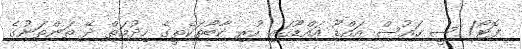
ފޮޓޯ/ ސީ ހައުސް އައްޑޫ އައްޑޫގައި ހުރި ކާބޯތަކެތީގެ ހިދުމަތް ދޭ ތަންތަނުގެ